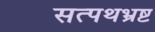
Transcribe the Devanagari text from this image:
सत्पथभ्रष्ट